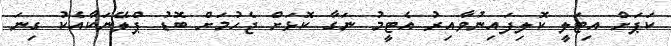
ކަޕަށް އިޓަލީ ކޮލިފައިނުވާއިރު އެޓީމު ނަގާ ކޮޅަށް ޖެހުމަށް ބޮޑު ޕްލޭނަކާއެކު ގިނަ